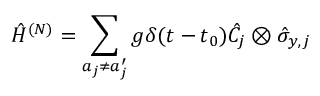
\hat { H } ^ { ( N ) } = \sum _ { a _ { j } \neq a _ { j } ^ { \prime } } g \delta ( t - t _ { 0 } ) \hat { C } _ { j } \otimes \hat { \sigma } _ { y , j }